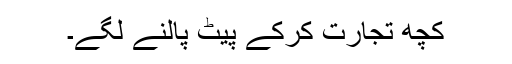
کچھ تجارت کرکے پیٹ پالنے لگے۔